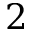
2